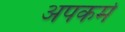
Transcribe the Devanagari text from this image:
अपकर्म